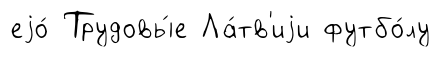
еjо́ Трудовы́е Ла́тв'иjи футбо́лу